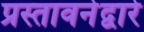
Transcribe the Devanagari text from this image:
प्रस्तावनेद्वारे